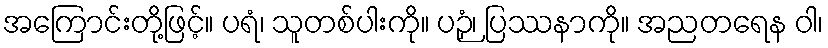
အကြောင်းတို့ဖြင့်။ ပရံ၊ သူတစ်ပါးကို။ ပဉှံ၊ ပြဿနာကို။ အညတရေန ဝါ၊